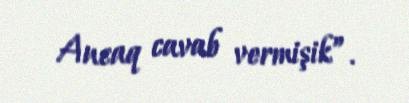
Ancaq cavab vermişik”.